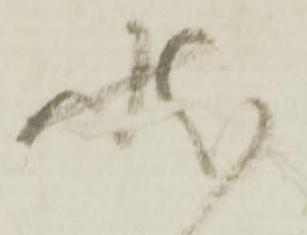
状